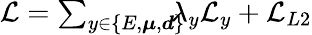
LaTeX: \begin{array}{r}{\mathcal{L}=\sum_{y\in\{ E,\boldsymbol{\mu},\boldsymbol{d}\} }\! \! \! \! \lambda_{y}\mathcal{L}_{y}+\mathcal{L}_{L2}}\end{array}